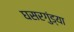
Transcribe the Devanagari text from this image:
घसरगुंड्या